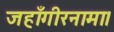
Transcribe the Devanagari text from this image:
जहाँगीरनामा।